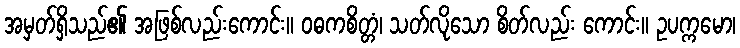
အမှတ်ရှိသည်၏ အဖြစ်လည်းကောင်း။ ဝဓကစိတ္တံ၊ သတ်လိုသော စိတ်လည်း ကောင်း။ ဥပက္ကမော၊